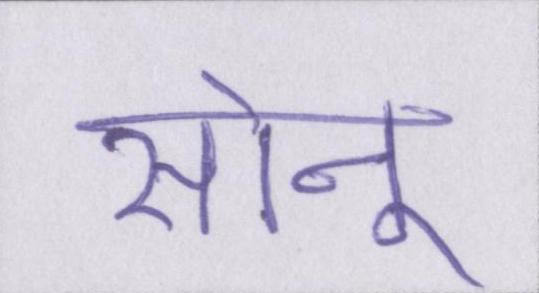
सोनू